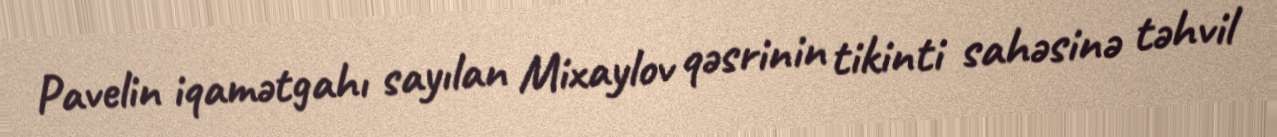
Pavelin iqamətgahı sayılan Mixaylov qəsrinin tikinti sahəsinə təhvil